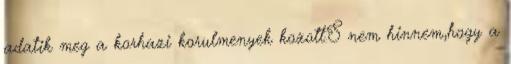
adatik meg a korhazi korulmenyek kozott.S nem hinnem,hogy a